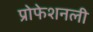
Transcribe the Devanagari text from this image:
प्रोफेशनली